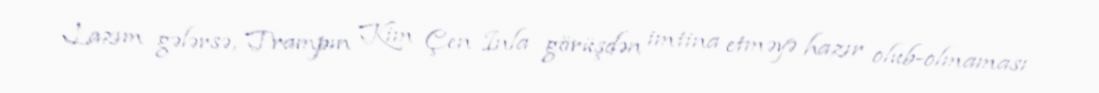
Lazım gələrsə, Trampın Kim Çen Inla görüşdən imtina etməyə hazır olub-olmaması